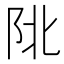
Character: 𨸾